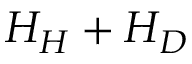
H _ { H } + H _ { D }